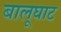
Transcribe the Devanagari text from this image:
बालूघाट